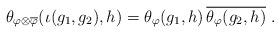
LaTeX: \begin{align*}\theta_{\varphi \otimes \overline{\varphi}}(\iota(g_1,g_2),h) = \theta_{\varphi}(g_1,h) \, \overline{\theta_{\varphi}(g_2,h)} \ .\end{align*}